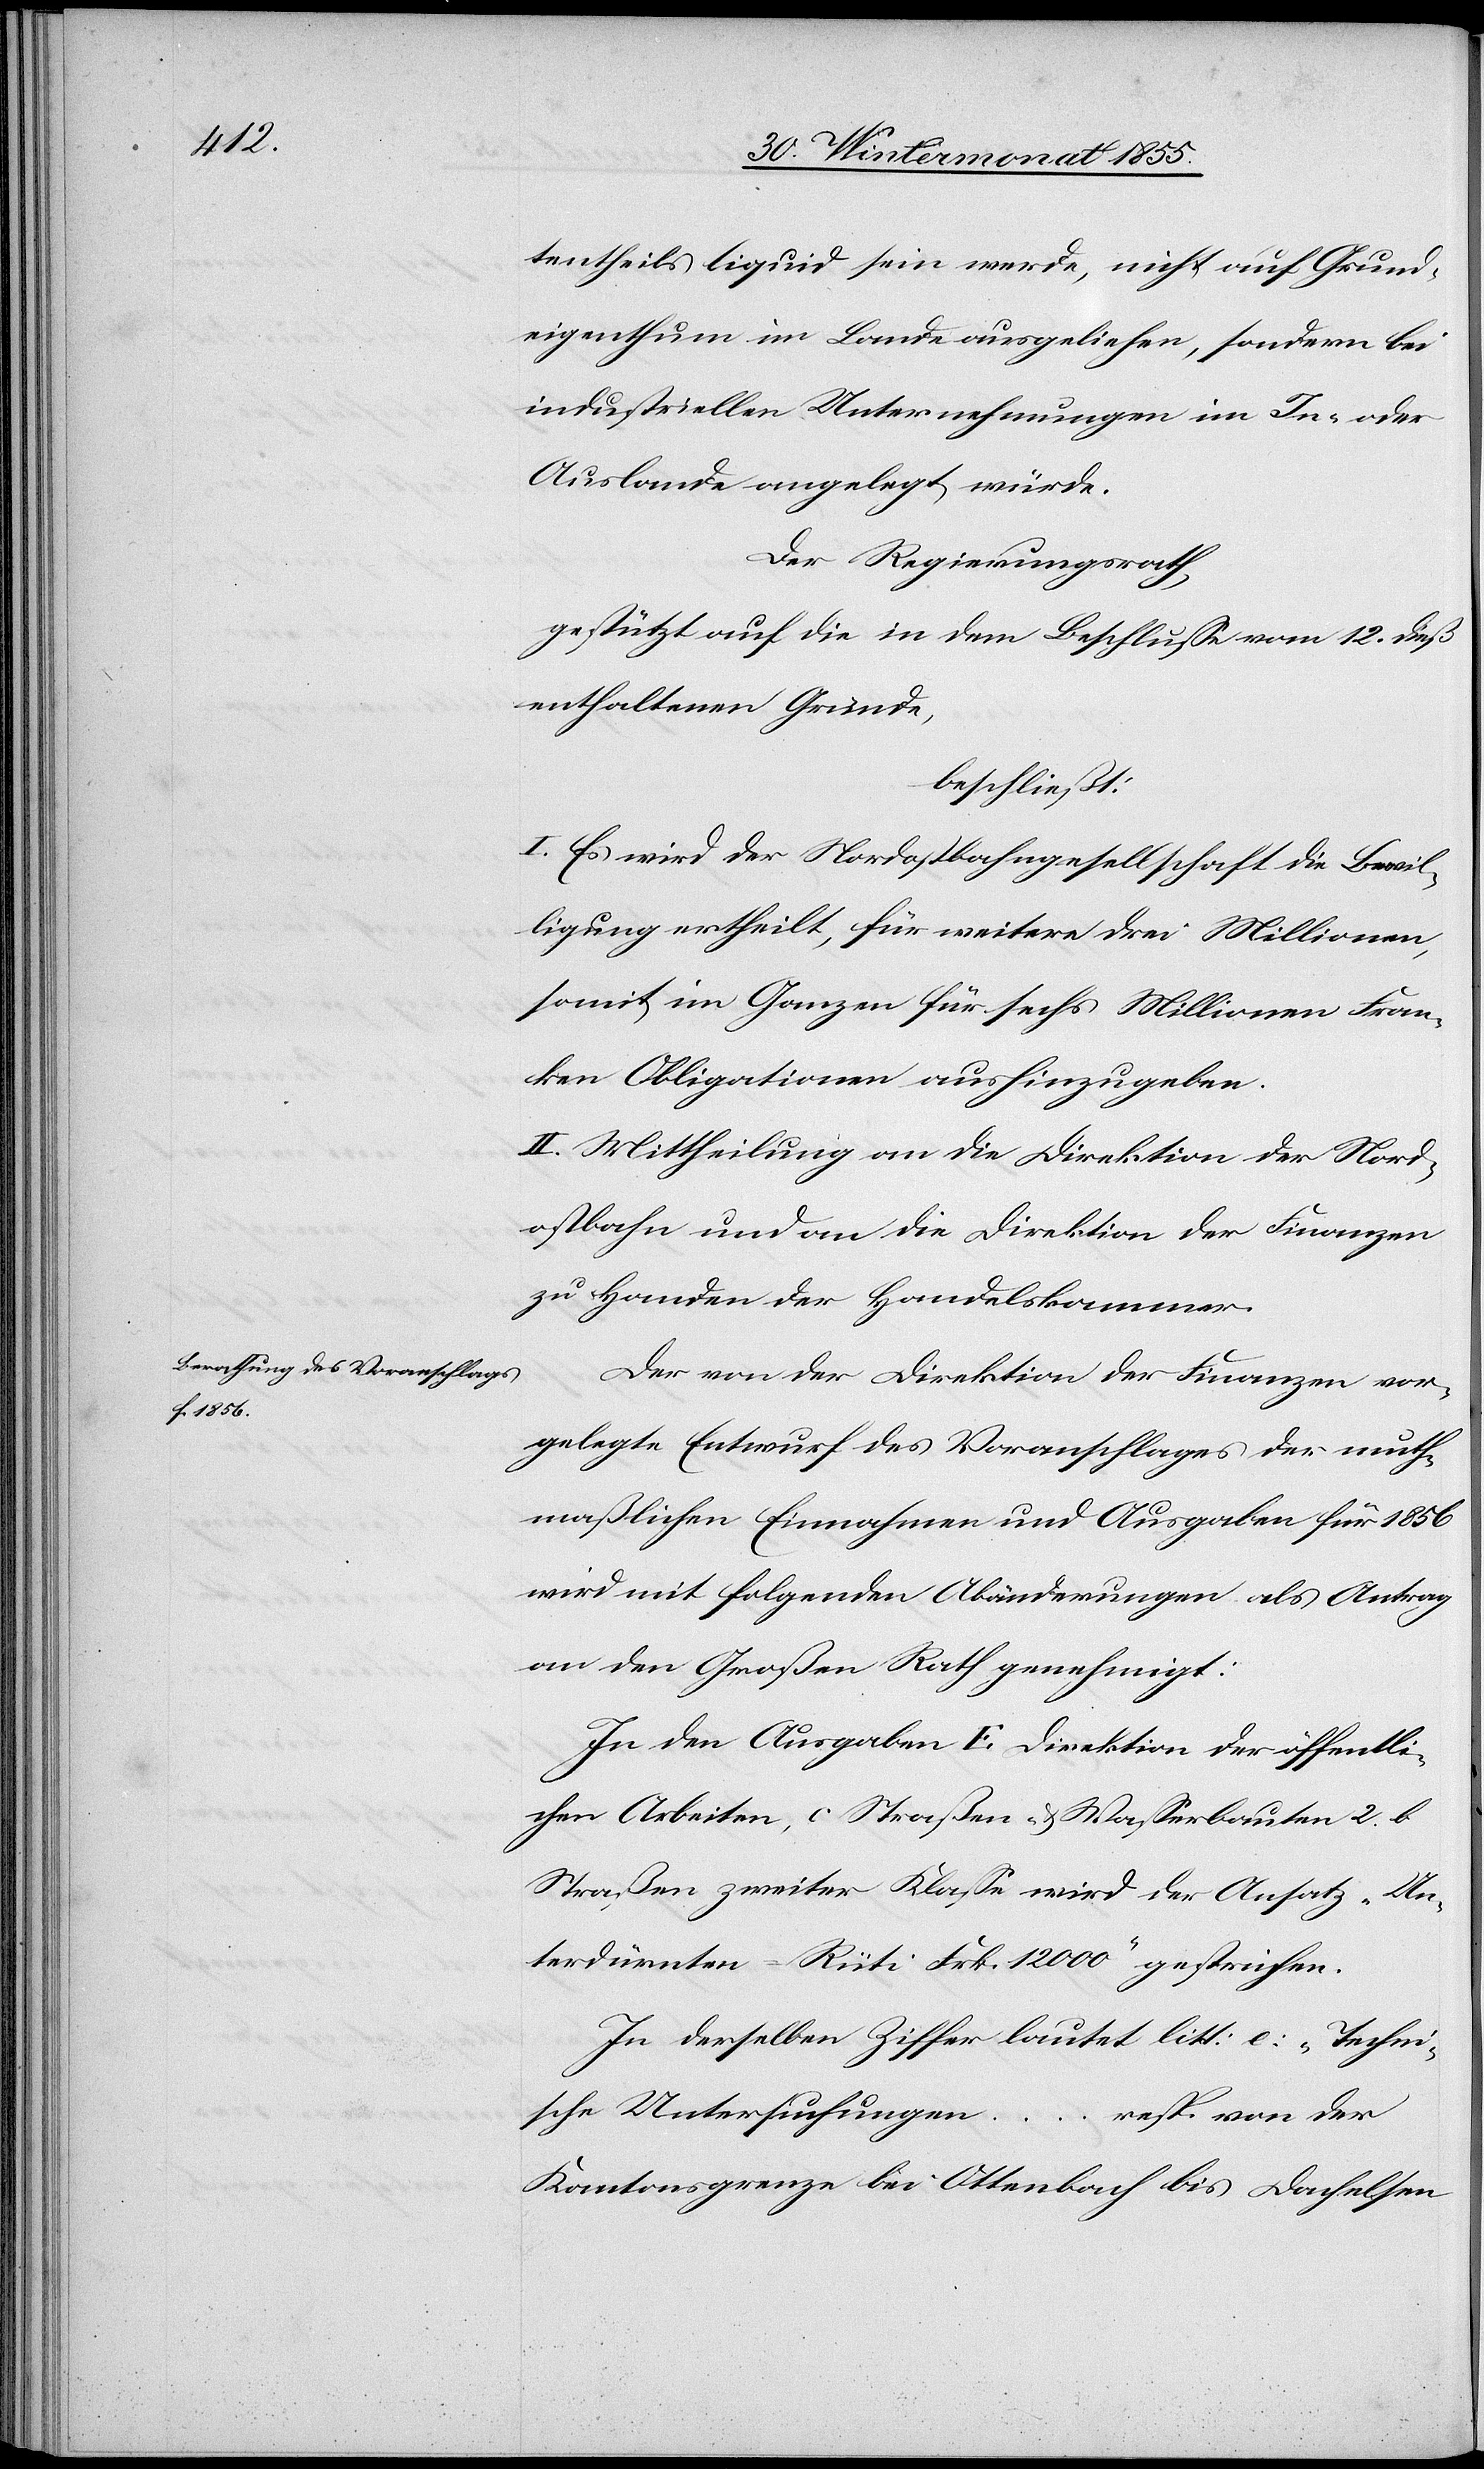
tentheils liquid sein werde, nicht auf Grund¬
eigenthum im Lande ausgeliehen, sondern bei
industriellen Unternehmungen im In- oder
Auslande angelegt würde.
Der Regierungsrath,
gestützt auf die in dem Beschlusse vom 12. dieß
enthaltenen Gründe,
beschließt:
I. Es wird der Nordostbahngesellschaft die Bewil¬
ligung ertheilt, für weitere drei Millionen,
somit im Ganzen für sechs Millionen Fran¬
ken Obligationen aushinzugeben.
II. Mittheilung an die Direktion der Nord¬
ostbahn und an die Direktion der Finanzen
zu Handen der Handelskammer.
Der von der Direktion der Finanzen vor¬
gelegte Entwurf des Voranschlages der muth¬
maßlichen Einnahmen und Ausgaben für 1856
wird mit folgenden Abänderungen als Antrag
an den Großen Rath genehmigt:
In den Ausgaben E Direktion der öffentli¬
chen Arbeiten, c Straßen- & Wasserbauten 2. b
Straßen zweiter Klasse wird der Ansatz „Un¬
terdürnten–Rüti Frk. 12 000“ gestrichen.
In derselben Ziffer lautet litt: e: „Techni¬
sche Untersuchungen …
resp. von der
Kantonsgrenze bei Ottenbach bis Dachelsen